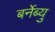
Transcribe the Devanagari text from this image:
बर्नेब्यु